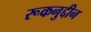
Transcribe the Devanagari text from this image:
रूकनुद्दीन